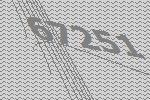
67251